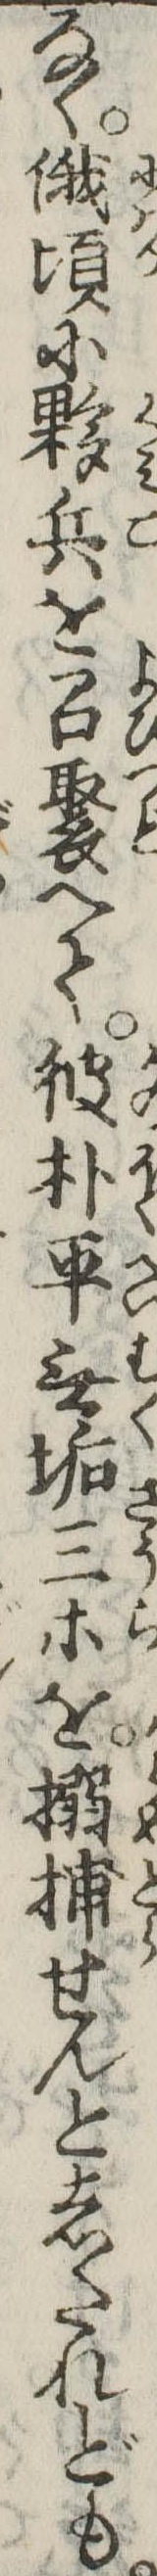
なく俄頃に夥兵を召聚へて彼朴平無垢三等を搦捕せんとしたれども